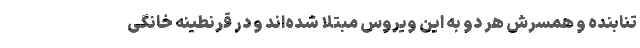
تنابنده و همسرش هر دو به این ویروس مبتلا شده‌اند و در قرنطینه خانگی